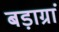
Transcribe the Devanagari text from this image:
बड़ाग्रां